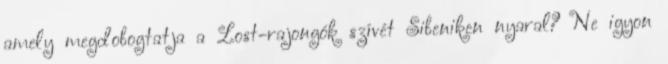
amely megdobogtatja a Lost-rajongók szívét Sibeniken nyaral? Ne igyon